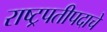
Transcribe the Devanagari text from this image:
राष्ट्रपतीपदाचे